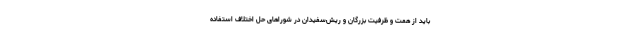
باید از همت و ظرفیت بزرگان و ریش‌سفیدان در شوراهای حل اختلاف استفاده